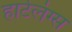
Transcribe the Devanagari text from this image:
हार्टलंग्स